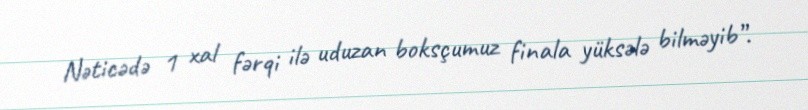
Nəticədə 1 xal fərqi ilə uduzan boksçumuz finala yüksələ bilməyib”.